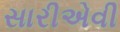
સારીએવી